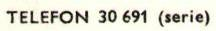
TELEFON 30 691 (serie)